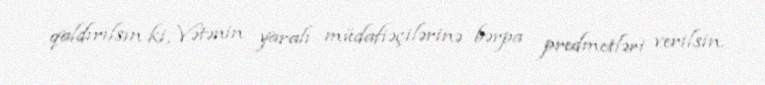
qaldırılsın ki, Vətənin yaralı müdafiəçilərinə bərpa predmetləri verilsin.